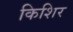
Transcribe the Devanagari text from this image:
किशिर